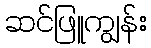
ဆင်ဖြူကျွန်း